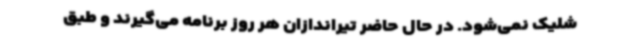
شلیک نمی‌شود. در حال حاضر تیراندازان هر روز برنامه می‌گیرند و طبق